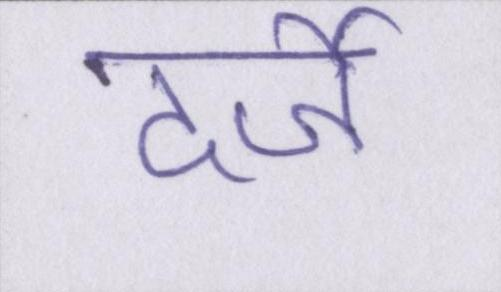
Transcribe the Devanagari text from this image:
दर्जे